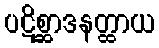
ပဋိစ္ဆာဒနတ္ထာယ